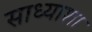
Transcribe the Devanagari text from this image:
साध्याशा